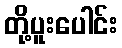
တို့ပူးပေါင်း